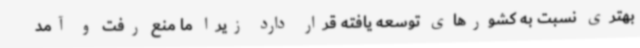
بهتری نسبت به کشورهای توسعه یافته قرار دارد زیرا ما منع رفت و آمد